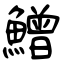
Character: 鱛